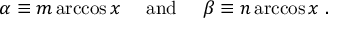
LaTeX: \alpha \equiv m \operatorname { a r c c o s } x \quad { \mathrm { ~ a n d ~ } } \quad \beta \equiv n \operatorname { a r c c o s } x ~ .